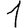
Digit: 1